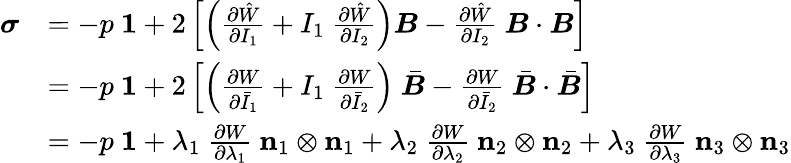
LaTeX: {\begin{array}{rl}{{\boldsymbol{\sigma}}}&{=-p~{\boldsymbol{\mathit{1}}}+2\left[\left({\frac{\partial{\hat{W}}}{\partial I_{1}}}+I_{1}~{\frac{\partial{\hat{W}}}{\partial I_{2}}}\right){\boldsymbol{B}}-{\frac{\partial{\hat{W}}}{\partial I_{2}}}~{\boldsymbol{B}}\cdot{\boldsymbol{B}}\right]}\\ &{=-p~{\boldsymbol{\mathit{1}}}+2\left[\left({\frac{\partial W}{\partial{\bar{I}}_{1}}}+I_{1}~{\frac{\partial W}{\partial{\bar{I}}_{2}}}\right)~{\bar{\boldsymbol{B}}}-{\frac{\partial W}{\partial{\bar{I}}_{2}}}~{\bar{\boldsymbol{B}}}\cdot{\bar{\boldsymbol{B}}}\right]}\\ &{=-p~{\boldsymbol{\mathit{1}}}+\lambda_{1}~{\frac{\partial W}{\partial\lambda_{1}}}~\mathbf{n}_{1}\otimes\mathbf{n}_{1}+\lambda_{2}~{\frac{\partial W}{\partial\lambda_{2}}}~\mathbf{n}_{2}\otimes\mathbf{n}_{2}+\lambda_{3}~{\frac{\partial W}{\partial\lambda_{3}}}~\mathbf{n}_{3}\otimes\mathbf{n}_{3}}\end{array}}